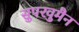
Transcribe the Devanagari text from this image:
सुपरवुमैन